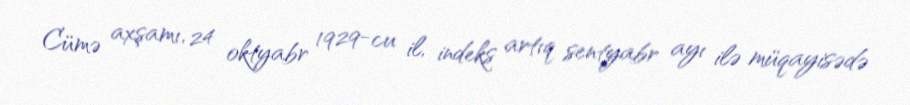
Cümə axşamı, 24 oktyabr 1929-cu il, indeks artıq sentyabr ayı ilə müqayisədə